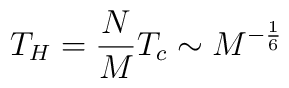
T_H = \frac{N}{M} T_c \sim M^{- \frac{1}{6}}